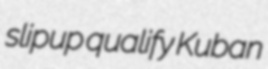
slipup qualify Kuban